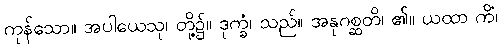
ကုန်သော။ အပါယေသု၊ တို့၌။ ဒုက္ခံ၊ သည်။ အနုဂစ္ဆတိ၊ ၏။ ယထာ ကိံ၊